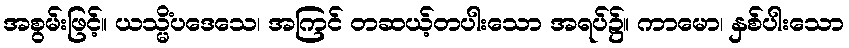
အစွမ်းဖြင့်။ ယသ္မိံပဒေသေ၊ အကြင် တဆယ့်တပါးသော အရပ်၌။ ကာမော၊ နှစ်ပါးသော